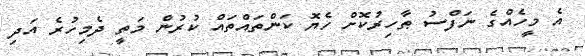
އެ މީހެއްގެ ނަފްސު ޠާހިރުކޮށް ހެޔޮ ކަންތައްތައް ކުރުން މަތީ ދެމިހުރެ އަދި